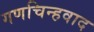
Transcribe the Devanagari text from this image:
गणचिन्हवाद